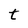
Character: t